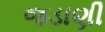
જડાણી